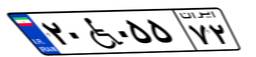
۳۴W۹۸۰۸۴